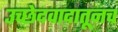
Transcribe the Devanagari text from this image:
उच्छेदवादातूनच